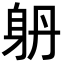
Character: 𨈝